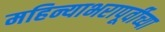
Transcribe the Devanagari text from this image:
महिन्याभरापूर्वीच्या